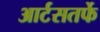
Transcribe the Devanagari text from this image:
आर्टसतर्फे